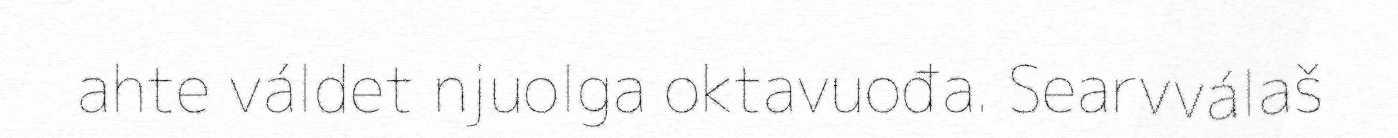
ahte váldet njuolga oktavuođa. Searvválaš